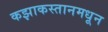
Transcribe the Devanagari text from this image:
कझाकस्तानमधून